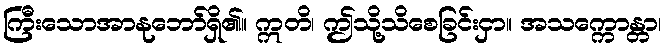
ကြီးသောအာနုဘော်ရှိ၏။ ဣတိ၊ ဤသို့သိစေခြင်းငှာ။ အသက္ကောန္တာ၊